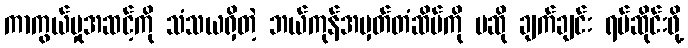
ကာကွယ်မှုအဆင့်ကို သံသယရှိတဲ့ ဘယ်ကုန်အမှတ်တံဆိပ်ကို မဆို ချက်ချင်း ရပ်ဆိုင်းဖို့